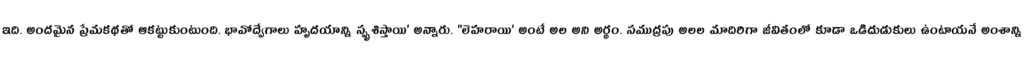
ఇది. అందమైన ప్రేమకథతో ఆకట్టుకుంటుంది. భావోద్వేగాలు హృదయాన్ని స్పృశిస్తాయి' అన్నారు. "లెహరాయి' అంటే అల అని అర్థం. సముద్రపు అలల మాదిరిగా జీవితంలో కూడా ఒడిదుడుకులు ఉంటాయనే అంశాన్ని